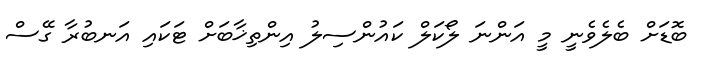
ބޮޑަށް ބެލެވެނީ މީ އަންނަ ލޯކަލް ކައުންސިލު އިންތިޚާބަށް ޓަކައި އަނބުރާ ގޭސް